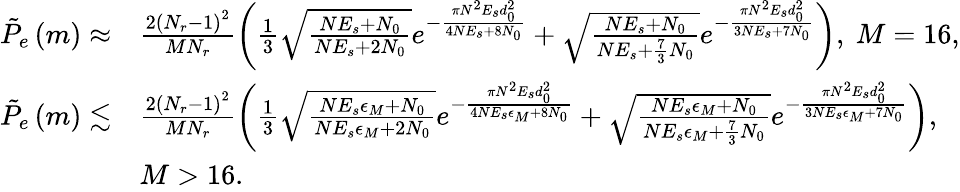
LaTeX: \begin{array}{rl}{\tilde{P}_{e}\left(m\right)\approx}&{\frac{2\left(N_{r}-1\right)^{2}}{MN_{r}}\left(\frac{1}{3}\sqrt{\frac{NE_{s}+N_{0}}{NE_{s}+2N_{0}}}e^{-\frac{\pi N^{2}E_{s}d_{0}^{2}}{4NE_{s}+8N_{0}}}+\sqrt{\frac{NE_{s}+N_{0}}{NE_{s}+\frac{7}{3}N_{0}}}e^{-\frac{\pi N^{2}E_{s}d_{0}^{2}}{3NE_{s}+7N_{0}}}\right),\ M=16,}\\ {\tilde{P}_{e}\left(m\right)\lesssim}&{\frac{2\left(N_{r}-1\right)^{2}}{MN_{r}}\left(\frac{1}{3}\sqrt{\frac{NE_{s}\epsilon_{M}+N_{0}}{NE_{s}\epsilon_{M}+2N_{0}}}e^{-\frac{\pi N^{2}E_{s}d_{0}^{2}}{4NE_{s}\epsilon_{M}+8N_{0}}}+\sqrt{\frac{NE_{s}\epsilon_{M}+N_{0}}{NE_{s}\epsilon_{M}+\frac{7}{3}N_{0}}}e^{-\frac{\pi N^{2}E_{s}d_{0}^{2}}{3NE_{s}\epsilon_{M}+7N_{0}}}\right),}\\ &{M>16.}\end{array}